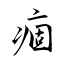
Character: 痼